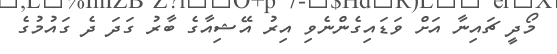
މޯދީ ޗައިނާ އަށް ވަޑައިގެންނެވި އިރު އޭޝިއާގެ ބާރު ގަދަ ދެ ގައުމުގެ